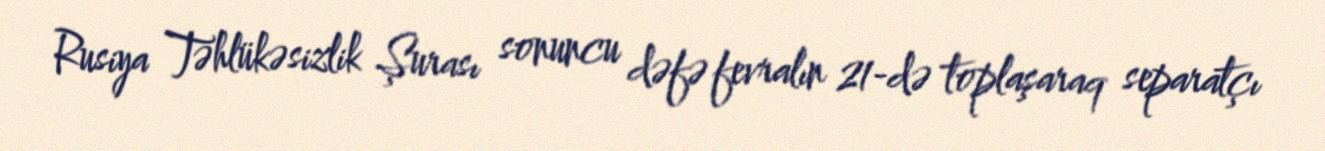
Rusiya Təhlükəsizlik Şurası sonuncu dəfə fevralın 21-də toplaşaraq separatçı